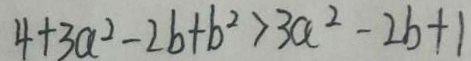
4 + 3 a ^ { 2 } - 2 b + b ^ { 2 } > 3 a ^ { 2 } - 2 b + 1